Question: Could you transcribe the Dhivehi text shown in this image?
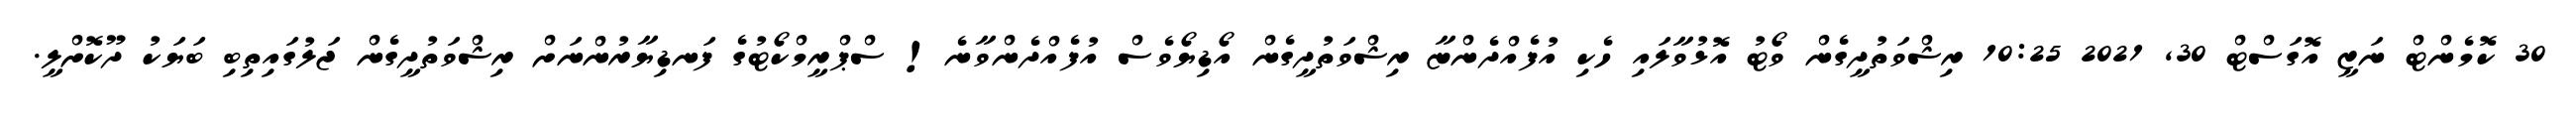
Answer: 30 ކޮމެންޓް ނަޒީ އޮގަސްޓް 30, 2021 10:25 ރިޝްވަތުދީގެން ވޯޓު އޮޅުވާލައި ހެކި އުފެއްދެންޏާ ރިޝްވަތުދީގެން އޯޑިޔޯވެސް އުފެއްދެންވާނެ! ސްޕްރީމްކޯޓުގެ ފަނޑިޔާރުންނަށް ރިޝްވަތުދީގެން ޖަލުގައިތިބި ބަޔަކު ދޫކޮށްލީ.